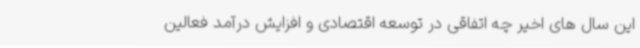
این سال های اخیر چه اتفاقی در توسعه اقتصادی و افزایش درآمد فعالین